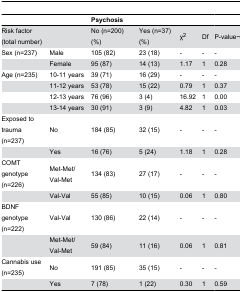
<table><thead><tr><td></td><td></td><td><b>Psychosis</b></td><td></td><td></td><td></td><td></td></tr></thead><tbody><tr><td>Risk factor (total number)</td><td></td><td>No (n=200) (%)</td><td>Yes (n=37) (%)</td><td>χ<sup>2</sup></td><td>Df</td><td>P-value~</td></tr><tr><td>Sex (n=237)</td><td>Male</td><td>105 (82)</td><td>23 (18)</td><td>-</td><td>-</td><td>-</td></tr><tr><td></td><td>Female</td><td>95 (87)</td><td>14 (13)</td><td>1.17</td><td>1</td><td>0.28</td></tr><tr><td>Age (n=235)</td><td>10-11 years</td><td>39 (71)</td><td>16 (29)</td><td>-</td><td>-</td><td>-</td></tr><tr><td></td><td>11-12 years</td><td>53 (78)</td><td>15 (22)</td><td>0.79</td><td>1</td><td>0.37</td></tr><tr><td></td><td>12-13 years</td><td>76 (96)</td><td>3 (4)</td><td>16.92</td><td>1</td><td>0.00</td></tr><tr><td></td><td>13-14 years</td><td>30 (91)</td><td>3 (9)</td><td>4.82</td><td>1</td><td>0.03</td></tr><tr><td>Exposed to trauma (n=237)</td><td>No</td><td>184 (85)</td><td>32 (15)</td><td>-</td><td>-</td><td>-</td></tr><tr><td></td><td>Yes</td><td>16 (76)</td><td>5 (24)</td><td>1.18</td><td>1</td><td>0.28</td></tr><tr><td>COMT genotype (n=226)</td><td>Met-Met/Val-Met</td><td>134 (83)</td><td>27 (17)</td><td>-</td><td>-</td><td>-</td></tr><tr><td></td><td>Val-Val</td><td>55 (85)</td><td>10 (15)</td><td>0.06</td><td>1</td><td>0.80</td></tr><tr><td>BDNF genotype (n=222)</td><td>Val-Val</td><td>130 (86)</td><td>22 (14)</td><td>-</td><td>-</td><td>-</td></tr><tr><td></td><td>Met-Met/Val-Met</td><td>59 (84)</td><td>11 (16)</td><td>0.06</td><td>1</td><td>0.81</td></tr><tr><td>Cannabis use (n=235)</td><td>No</td><td>191 (85)</td><td>35 (15)</td><td>-</td><td>-</td><td>-</td></tr><tr><td></td><td>Yes</td><td>7 (78)</td><td>1 (22)</td><td>0.30</td><td>1</td><td>0.59</td></tr></tbody></table>